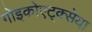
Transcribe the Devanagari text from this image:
गोइकोएट्क्सेया